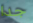
جدا